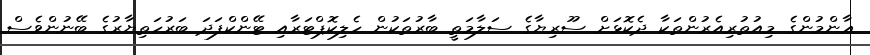
ޢާންމުންގެ މިއުތުރިއެރުންތަކާ ދެކޮޅަށް ސޫރިޔާގެ ސަލާމަތީ ބާރުތަކުން ހެލިކޮޕްޓަރާއި ޓޭންކްފަދަ ބަރުހަތިޔާރުގެ ބޭނުންވެސް